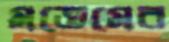
মডেমের